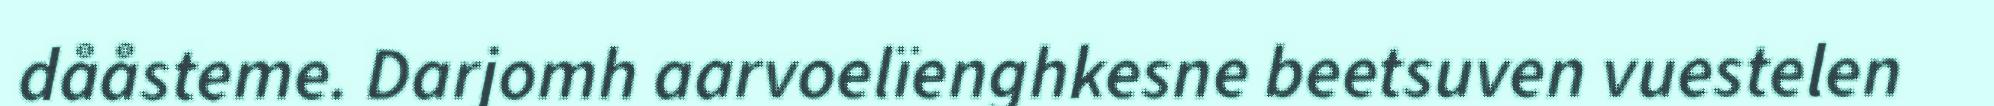
dååsteme. Darjomh aarvoelïenghkesne beetsuven vuestelen